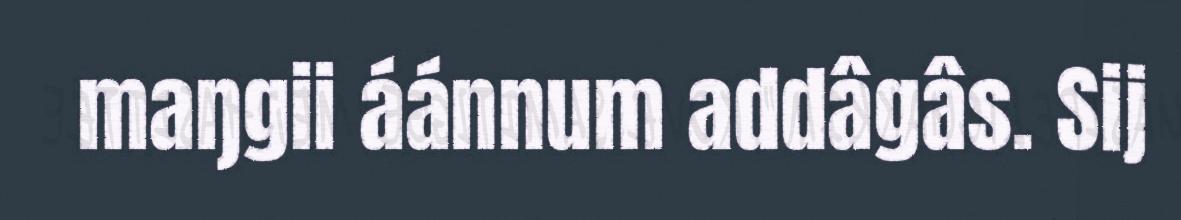
maŋgii áánnum addâgâs. Sij